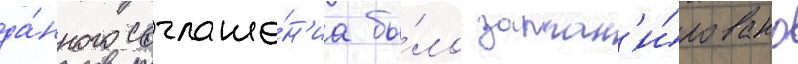
да́нного соглаше́н'иа бы́ло заплан'и́ровано